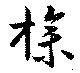
操